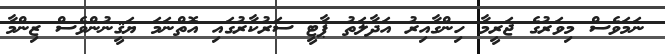
ނަމަވެސް މިވަރުގެ ޖަރީމާ ހިންގާއިރު އަދާލަތު ޕާޓީ ސަރުކާރުގައި އޮތްނަމަ ޔަޤީނުންވެސް ޒިންމާ